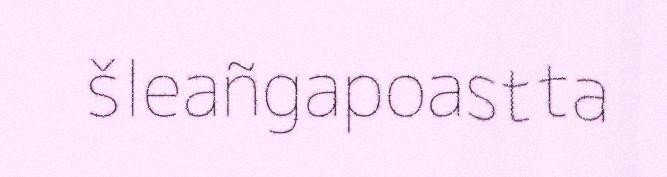
šleañgapoastta